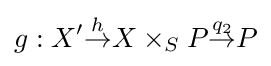
g:X'{\stackrel {h}{\to }}X\times _{S}P{\stackrel {q_{2}}{\to }}P